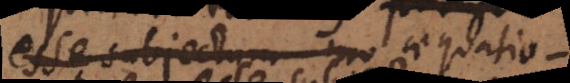
esse subjectum mo aequationis